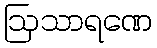
ဩသာရဏေ